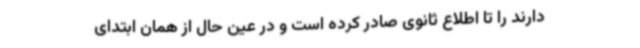
دارند را تا اطلاع ثانوی صادر کرده است و در عین حال از همان ابتدای